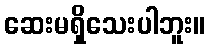
ဆေးမရှိသေးပါဘူး။